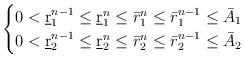
LaTeX: \begin{align*}\begin{cases}0<\underbar r_1^{n-1}\leq \underbar r_1^n\leq \bar r_1^n\leq \bar r^{n-1}_1\le \bar A_1\cr0<\underbar r_2^{n-1}\leq \underbar r_2^n\leq \bar r_2^n\leq \bar r_2^{n-1}\le \bar A_2\end{cases}\end{align*}